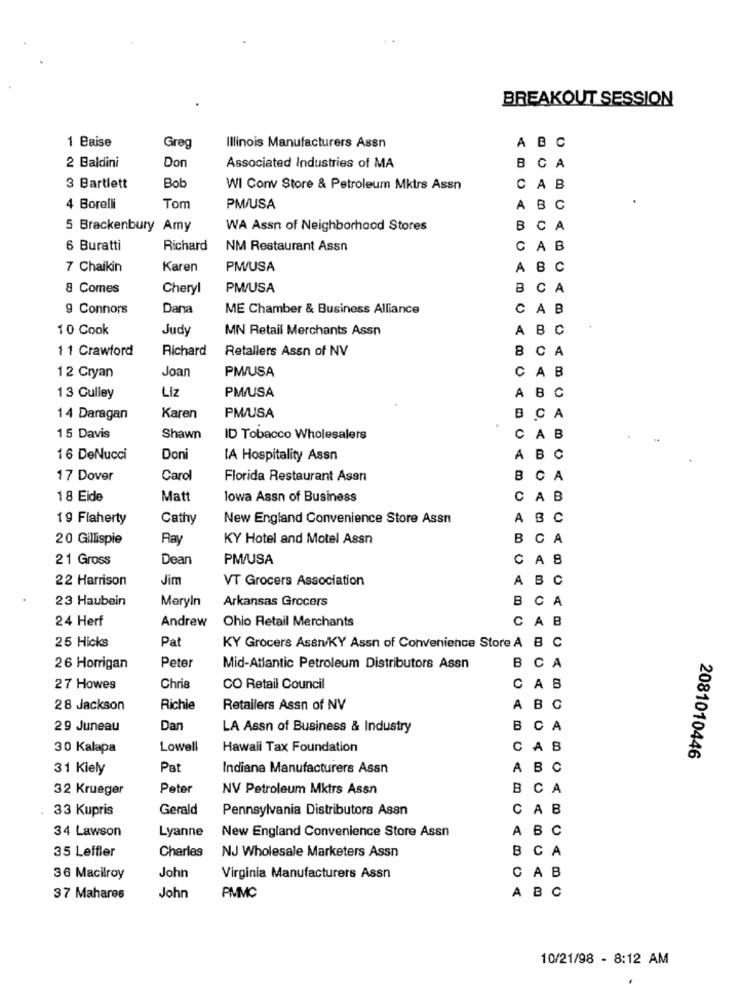
BREAKOUT SESSION
1 Baise
Greg
Illinois Manufacturers Assn
A B C
2 Baldini
Don
Associated Industries of MA
B CA
3 Bartlett
Bob
WI Conv Store & Petroleum Mktrs Assn
CAB
4 Borelli
Tom
PM/USA
A B C
5 Brackenbury Amy
WA Assn of Neighborhood Stores
B CA
6 Buratti
Richard
NM Restaurant Assn
CAB
7 Chaikin
Karen
PM/USA
A B C
8 Comes
Cheryl
PM/USA
B CA
g Connors
Dana
ME Chamber & Business Alliance
CAB
10 Cook
Judy
MN Retail Merchants Assn
A B C
11 Crawford
Richard
Retallers Assn of NV
8 CA
Joan
PM/USA
12 Cryan
CAB
Liz
PM/USA
13 Gulley
A B C
14 Daragan
Karen
PM/USA
B CA
15 Davis
Shawn
ID Tobacco Wholesalers
CAB
16 DeNucci
Doni
IA Hospitality Assn
ABC
17 Dover
Carol
Florida Restaurant Asan
B CA
18 Eide
Matt
lowa Assn of Business
CAB
19 Flaherty
Cathy
New England Convenience Store Assn
A BC
20 Gillispie
Ray
KY Hotel and Motel Assn
BCA
21 Gross
Dean
PM/USA
CAB
22 Harrison
Jim
VT Grocers Association
ABC
23 Haubein
Meryln
Arkansas Grocers
B CA
24 Herf
Andrew
Ohio Retail Merchants
CAB
Pat
25 Hicks
KY Grocers AssiKY Assn of Convenience Store A B C
26 Horrigan
Peter
Mid-Atlantic Petroleum Distributors Assn
BCA
27 Howes
Chris
CO Retail Council
CAB
28 Jackson
Richie
Retailers Assn of NV
ABC
29 Juneau
Dan
LA Assn of Business & Industry
B CA
30 Kalapa
Lowell
Hawali Tax Foundation
CAB
2081010446
31 Kiely
Pa
Indiana Manufacturers Assn
A B C
32 Krueger
Peter
NV Petroleum Mktrs Assn
BCA
. 33 Kupris
Gerald
Pennsylvania Distributors Asan
CAB
34 Lawson
Lyanne
New England Convenience Store Assn
ABC
Charles
B CA
35 Leffler
NJ Wholesale Marketers Assn
John
36 Macilroy
Virginia Manufacturers Assn
CAB
John
ABC
37 Mahares
PMMC
10/21/98 - 8:12 AM